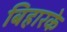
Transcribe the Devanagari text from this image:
बिहारके